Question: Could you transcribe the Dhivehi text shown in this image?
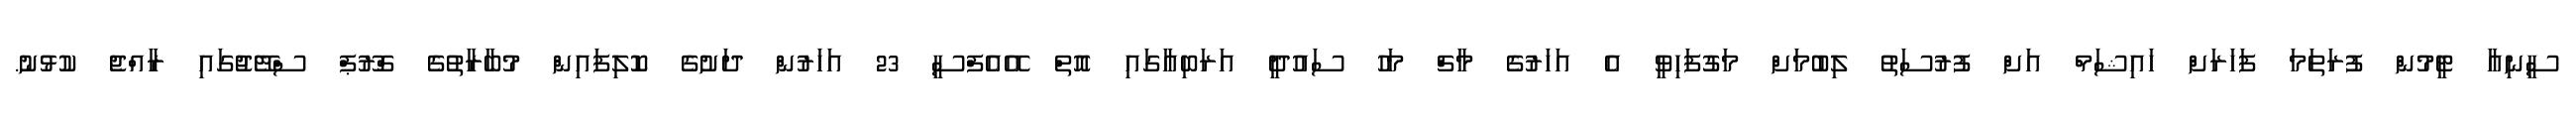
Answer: ސީނިއާ ޓީމުން ފުރަތަމަ ފަހަރަށް ހައިޝަމް އަށް ފުރުސަތު ލިބުމަށް މަގުފަހިވީ އެ އަހަރުގެ މާޗް މަހު ސައުދީ އަރަބިއާގައި އޮތް އޭއެފްސީ 23 އަހަރުން ދަށުގެ ކޮލިފައިން މުބާރާތުގެ ގްރޫޕް ސްޓޭޖުގައި ރާއްޖެ ކުޅުނު.